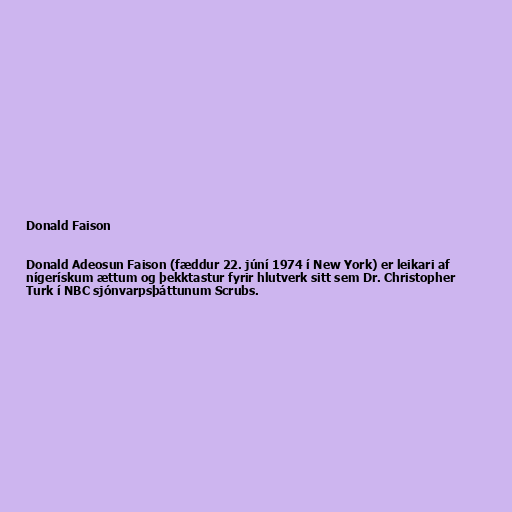
Donald Faison

Donald Adeosun Faison (fæddur 22. júní 1974 í New York) er leikari af
nígerískum ættum og þekktastur fyrir hlutverk sitt sem Dr. Christopher
Turk í NBC sjónvarpsþáttunum Scrubs.